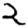
Digit: 2